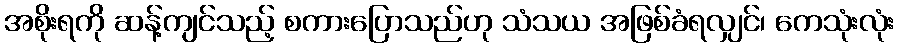
အစိုးရကို ဆန့်ကျင်သည့် စကားပြောသည်ဟု သံသယ အဖြစ်ခံရလျှင်၊ ကေသုံးလုံး